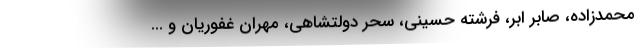
محمدزاده، صابر ابر، فرشته حسینی، سحر دولتشاهی، مهران غفوریان و ...